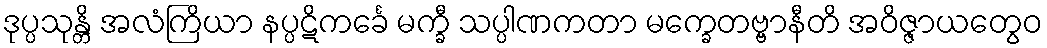
ဒုပ္ပသုန္တိ အလံကြိယာ နပ္ပဋိကင်္ခေ မက္ခီ သပ္ပါဏကတာ မက္ခေတဗ္ဗာနီတိ အဝိဇ္ဇာယတွေဝ